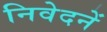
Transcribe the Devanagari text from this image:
निवेदनें